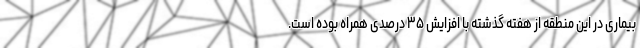
بیماری در این منطقه از هفته گذشته با افزایش ۳۵ درصدی همراه بوده است.